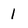
Character: 1